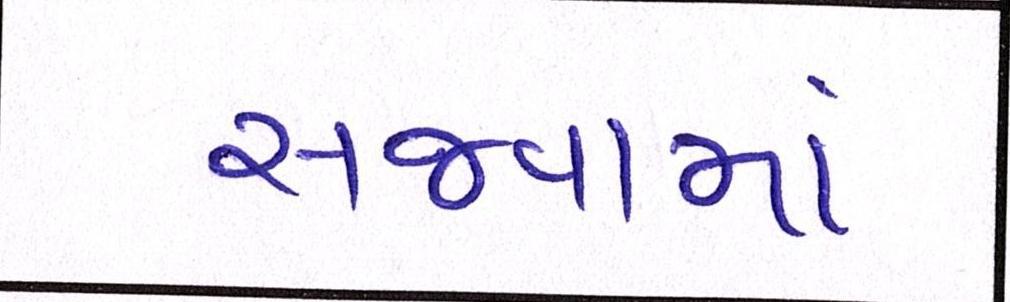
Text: સજવામાં